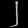
Digit: ၂